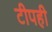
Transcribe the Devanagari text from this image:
टीपही